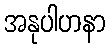
အနုပါဟနာ